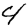
Digit: 4